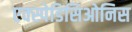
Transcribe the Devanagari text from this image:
एक्स्पेडिसिओनिस